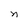
Character: n